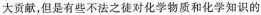
大贡献，但是有些不法之徒对化学物质和化学知识的